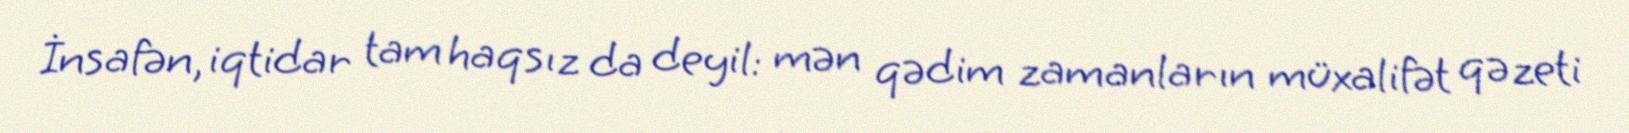
İnsafən, iqtidar tam haqsız da deyil: mən qədim zamanların müxalifət qəzeti